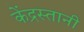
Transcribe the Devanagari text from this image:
केंद्रस्तानी